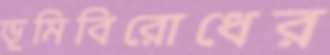
ভূমিবিরোধের